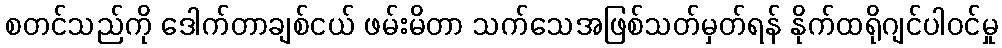
စတင်သည်ကို ဒေါက်တာချစ်ငယ် ဖမ်းမိတာ သက်သေအဖြစ်သတ်မှတ်ရန် နိုက်ထရိုဂျင်ပါဝင်မှု